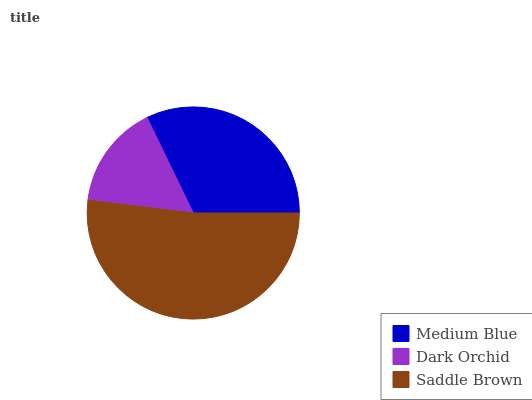
| Medium Blue | Dark Orchid | Saddle Brown |
 | --- | --- | --- |
 | 32.2% | 15.9% | 51.9% |